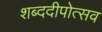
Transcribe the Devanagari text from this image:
शब्ददीपोत्सव